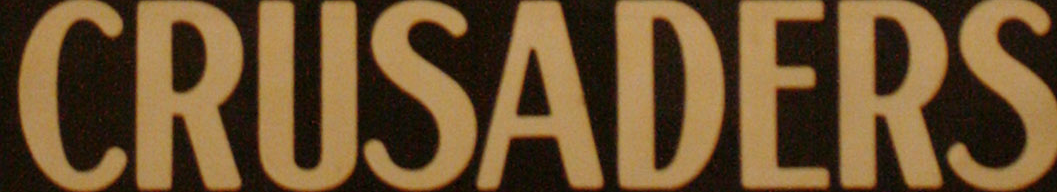
CRUSADERS